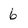
Character: 6